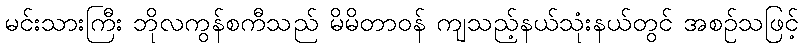
မင်းသားကြီး ဘိုလကွန်စကီသည် မိမိတာဝန် ကျသည့်နယ်သုံးနယ်တွင် အစဉ်သဖြင့်